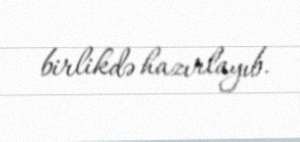
birlikdə hazırlayıb.